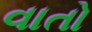
વાતો